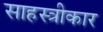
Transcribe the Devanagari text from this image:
साहस्त्रीकार